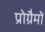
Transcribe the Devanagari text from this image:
प्रोग्रैमों